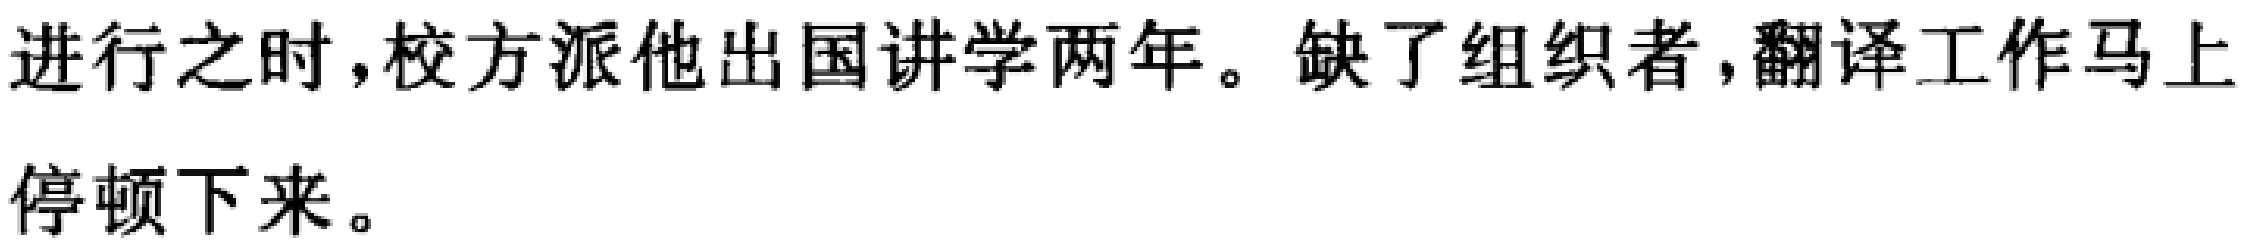
进行之时，校方派他出国讲学两年。缺了组织者，翻译工作马上停顿下来。